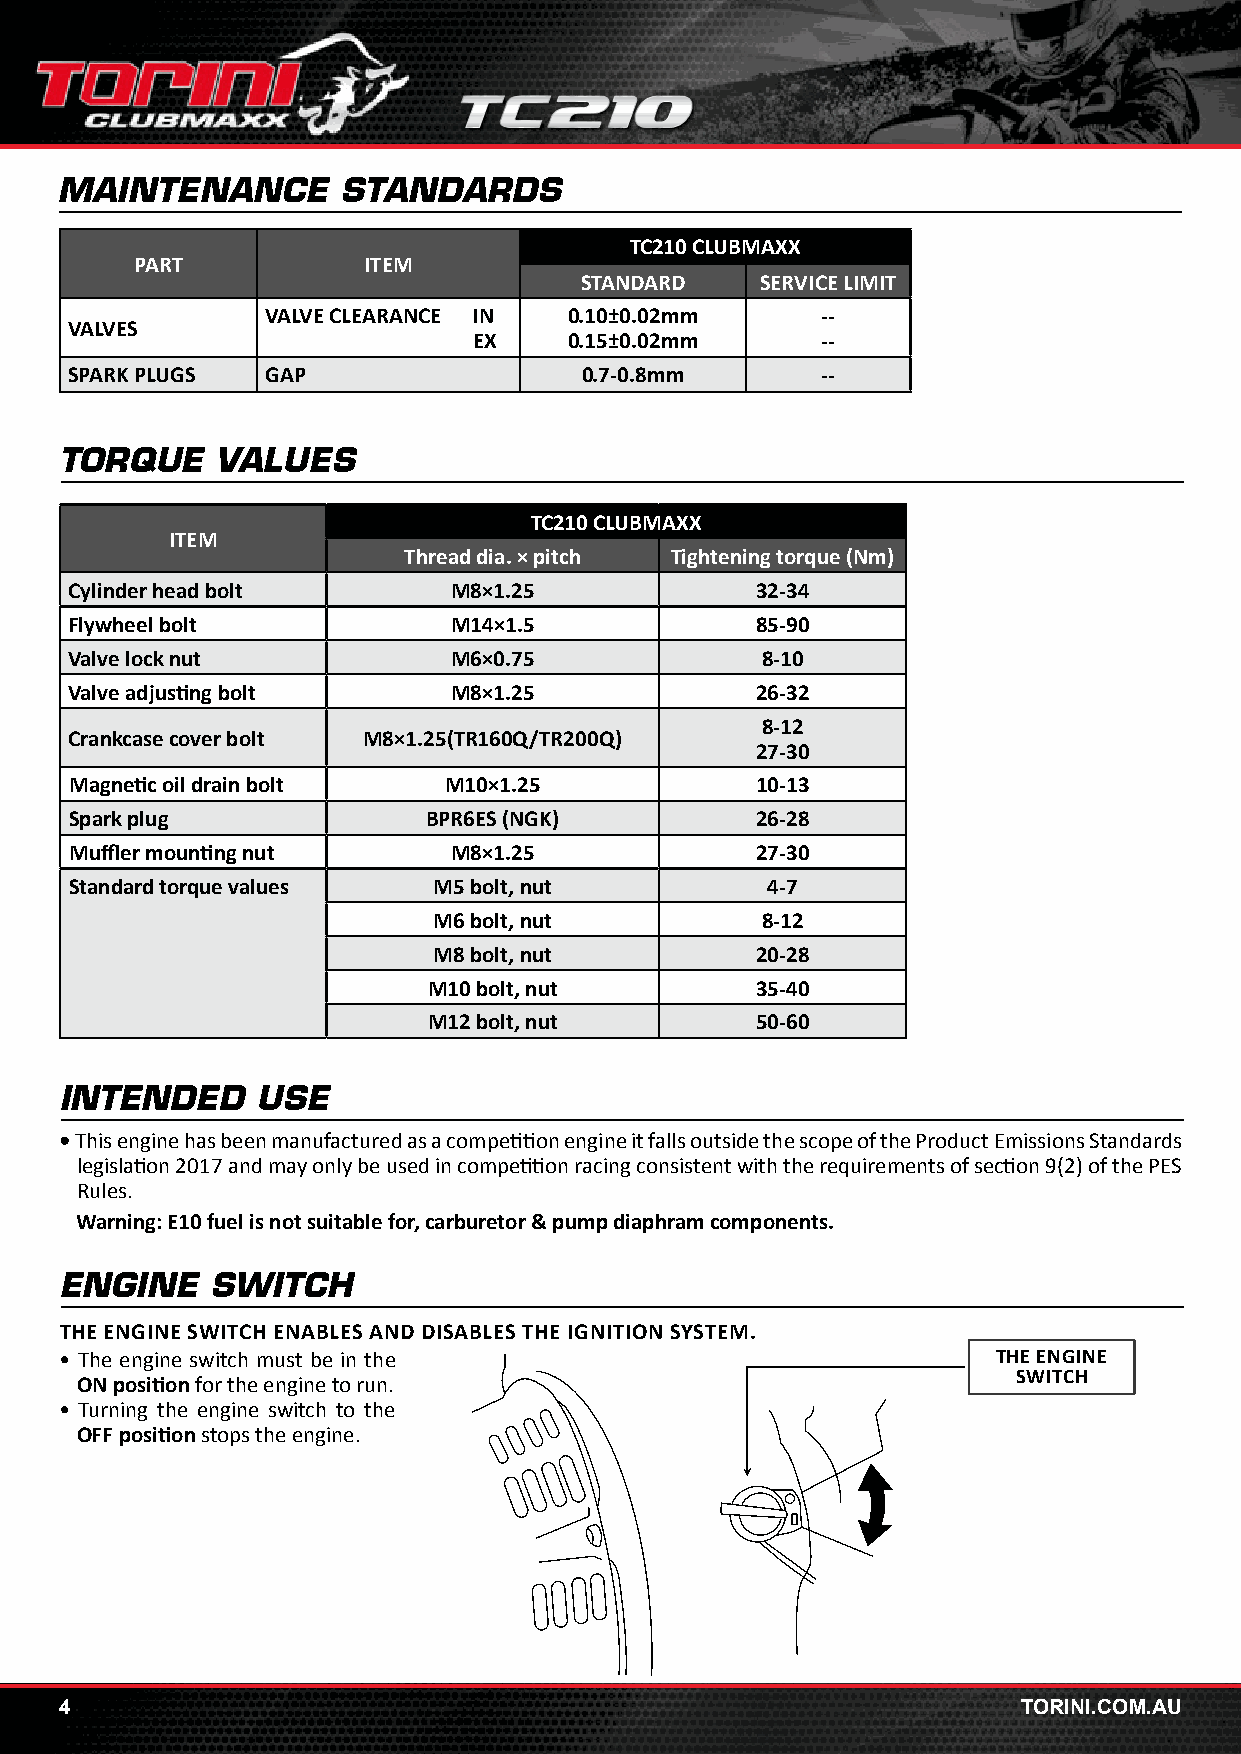
MAINTENANCE        STANDARDS
 TC210 CLUBMAXX
 PART           ITEM
 STANDARD    SERVICE LIMIT
 VALVE CLEARANCE IN  0.10±0.02mm     --
 VALVES
 EX     0.15±0.02mm     --
 SPARK PLUGS  GAP                 0.7-0.8mm       --
 TORQUE    VALUES
 TC210 CLUBMAXX
 ITEM
 Thread dia. × pitch Tightening torque (Nm)
 Cylinder head bolt       M8×1.25             32-34
 Flywheel bolt            M14×1.5             85-90
 Valve lock nut           M6×0.75             8-10
 Valve adjusting bolt     M8×1.25             26-32
 8-12
 Crankcase cover bolt M8×1.25(TR160Q/TR200Q)
 27-30
 Magnetic oil drain bolt M10×1.25             10-13
 Spark plug             BPR6ES (NGK)          26-28
 Muffler mounting nut     M8×1.25             27-30
 Standard torque values  M5 bolt, nut          4-7
 M6 bolt, nut         8-12
 M8 bolt, nut         20-28
 M10 bolt, nut         35-40
 M12 bolt, nut         50-60
 INTENDED     USE
 • This engine has been manufactured as a competition engine it falls outside the scope of the Product Emissions Standards
 legislation 2017 and may only be used in competition racing consistent with the requirements of section 9(2) of the PES
 Rules.
 Warning: E10 fuel is not suitable for, carburetor & pump diaphram components.
 ENGINE    SWITCH
 THE ENGINE SWITCH ENABLES AND DISABLES THE IGNITION SYSTEM.
 • The engine switch must be in the                            THE ENGINE
 SWITCH
 ON position for the engine to run.
 • Turning the engine switch to the
 OFF position stops the engine.
 4                                                               TORINI.COM.AU